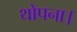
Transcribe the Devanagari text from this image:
थोपना।